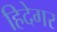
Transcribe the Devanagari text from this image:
हिदेगर